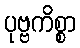
ပုဗ္ဗကိစ္စာ